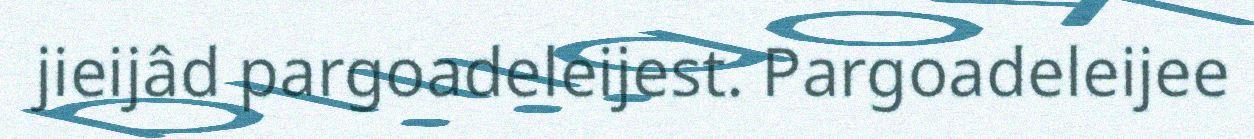
jieijâd pargoadeleijest. Pargoadeleijee